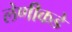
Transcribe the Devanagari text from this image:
लेणीकडे